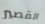
القصير